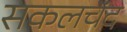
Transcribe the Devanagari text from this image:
सकलचंद